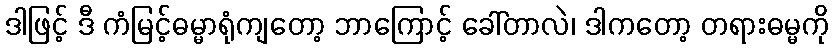
ဒါဖြင့် ဒီ ကံမြင့်ဓမ္မာရုံကျတော့ ဘာကြောင့် ခေါ်တာလဲ၊ ဒါကတော့ တရားဓမ္မကို